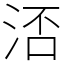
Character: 㳪